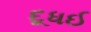
દૂધઈ